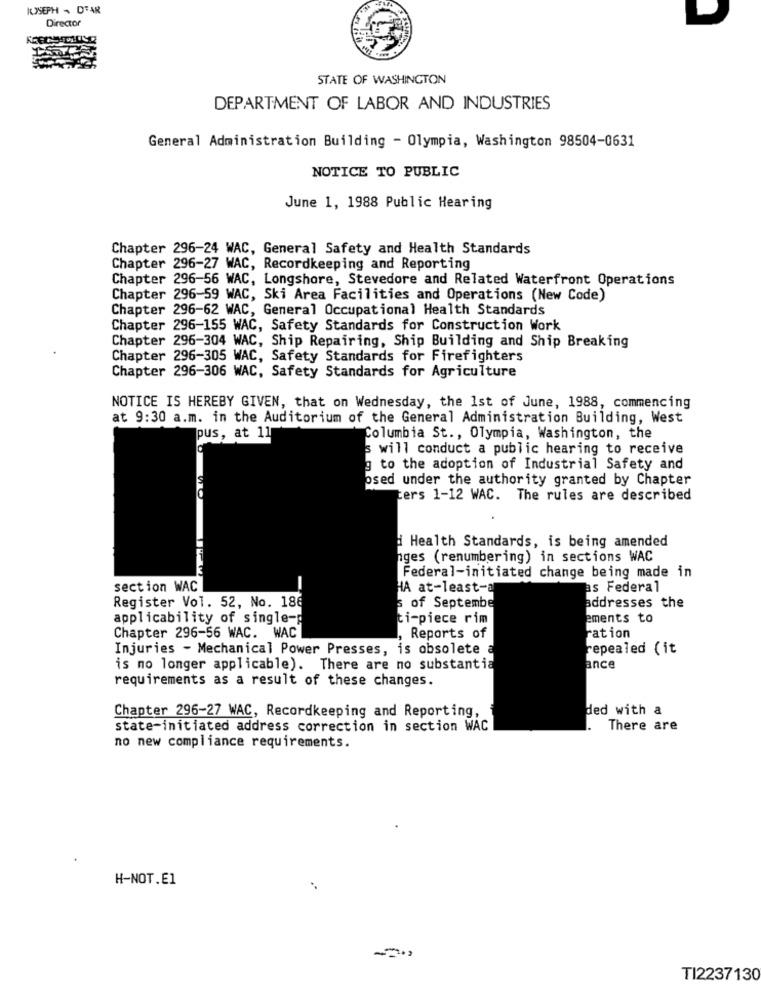
ICSEPH . DFAR
Director
STATE OF WASHINGTON
DEPARTMENT OF LABOR AND INDUSTRIES
General Administration Building - Olympia, Washington 98504-0631
NOTICE TO PUBLIC
June 1, 1988 Public Hearing
Chapter 296-24 WAC, General Safety and Health Standards
Chapter 296-27 WAC, Recordkeeping and Reporting
Chapter 296-56 WAC, Longshore, Stevedore and Related Waterfront Operations
Chapter 296-59 WAC, Ski Area Facilities and Operations (New Code)
Chapter 296-62 WAC, General Occupational Health Standards
Chapter 296-155 WAC, Safety Standards for Construction Work
Chapter 296-304 WAC, Ship Repairing, Ship Building and Ship Breaking
Chapter 296-305 WAC, Safety Standards for Firefighters
Chapter 296-306 WAC, Safety Standards for Agriculture
NOTICE IS HEREBY GIVEN, that on Wednesday, the 1st of June, 1988, commencing
at 9:30 a.m. in the Auditorium of the General Administration Building, West
pus, at 11
Columbia St ., Olympia, Washington, the
s will conduct a public hearing to receive
g to the adoption of Industrial Safety and
osed under the authority granted by Chapter
ters 1-12 WAC. The rules are described
Health Standards, is being amended
nges (renumbering) in sections WAC
Federal-initiated change being made in
section WAC
HA at-least-a
as Federal
Register Vol. 52, No. 186
s of Septembe
addresses the
applicability of single-
ti-piece rim
ements to
Chapter 296-56 WAC. WAC
, Reports of
ration
Injuries - Mechanical Power Presses, is obsolete a
repealed (it
is no longer applicable). There are no substantia
ance
requirements as a result of these changes.
ded with a
Chapter 296-27 WAC, Recordkeeping and Reporting,
state-initiated address correction in section WAC
There are
no new compliance requirements.
H-NOT.El
TI2237130